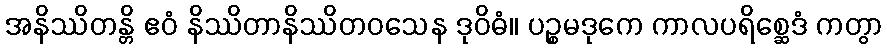
အနိဿိတန္တိ ဧဝံ နိဿိတာနိဿိတဝသေန ဒုဝိဓံ။ ပဉ္စမဒုကေ ကာလပရိစ္ဆေဒံ ကတွာ